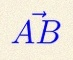
\vec{AB}